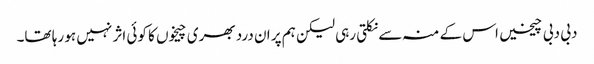
دبی دبی چیخیں اس کے منہ سے نکلتی رہی لیکن ہم پر ان درد بھری چیخوں کا کوئی اثر نہیں ہو رہا تھا۔